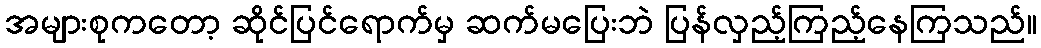
အများစုကတော့ ဆိုင်ပြင်ရောက်မှ ဆက်မပြေးဘဲ ပြန်လှည့်ကြည့်နေကြသည်။